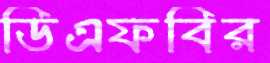
ডিএফবির